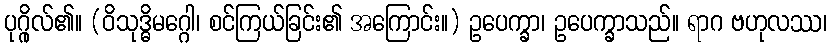
ပုဂ္ဂိုလ်၏။ (ဝိသုဒ္ဓိမဂ္ဂေါ၊ စင်ကြယ်ခြင်း၏ အကြောင်း။) ဥပေက္ခာ၊ ဥပေက္ခာသည်။ ရာဂ ဗဟုလဿ၊